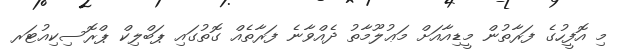
މި އޮފީހުގެ ފަރާތުން މީޑިއާއަށް މަޢުލޫމާތު ދެއްވާނެ ފަރާތެއް ގޮތުގައި ޕަބްލިކް ޕްރޮސިކިއުޓަރ